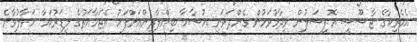
އެމެރިކާގެ ޖާސޫސީ އޮފިޝަލުން ވިދާޅުވަމުން ގެންދަވަނީ އުސާމާ ބިންލާދިންއަށްފަހު އެޖަމާއަތުގެ ލީޑަރުކަމާ ހަވާލުވާނެ